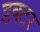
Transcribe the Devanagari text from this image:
डक्टर